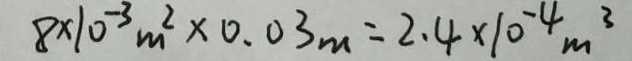
8 \times 1 0 ^ { - 3 } m ^ { 2 } \times 0 . 0 3 m = 2 . 4 \times 1 0 ^ { - 4 } m ^ { 3 }